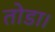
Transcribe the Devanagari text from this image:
तोडा।